Vaccination North-Western Provinces 1866-1877 - 1866-1877
Year: 1866
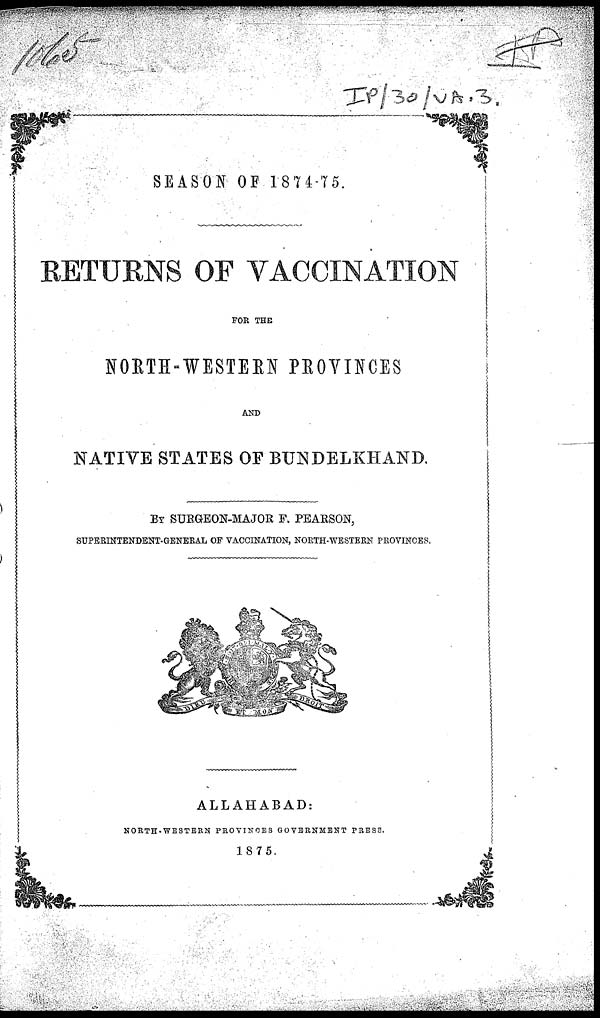
SEASON OF 1874-75.
RETURNS OF VACCINATION
FOR THE
NORTH-WESTERN PROVINCES
AND
NATIVE STATES OF BUNDELKHAND.
BY SURGEON-MAJOR F. PEARSON,
SUPERINTENDENT-GENERAL OF VACCINATION, NORTH-WESTERN PROVINCES.
ALLAHABAD:
NORTH-WESTERN PROVINCES GOVERNMENT PRESS.
1875.